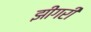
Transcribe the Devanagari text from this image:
झींगरी